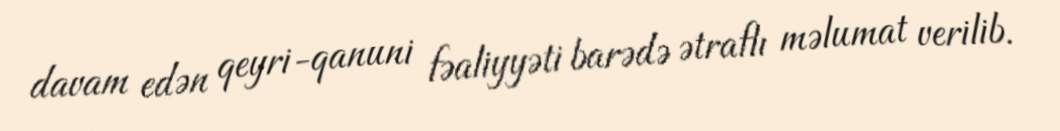
davam edən qeyri-qanuni fəaliyyəti barədə ətraflı məlumat verilib.